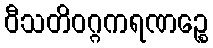
ဝီသတိဝဂ္ဂကရဏဉ္စေ